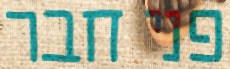
פני חבר